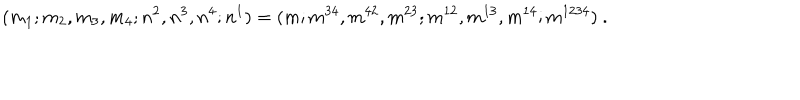
LaTeX: ( m _ { 1 } ; m _ { 2 } , m _ { 3 } , m _ { 4 } ; n ^ { 2 } , n ^ { 3 } , n ^ { 4 } ; n ^ { 1 } ) = ( m ; m ^ { 3 4 } , m ^ { 4 2 } , m ^ { 2 3 } ; m ^ { 1 2 } , m ^ { 1 3 } , m ^ { 1 4 } ; m ^ { 1 2 3 4 } ) \ .